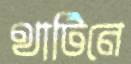
থার্টিনে